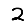
Digit: 2